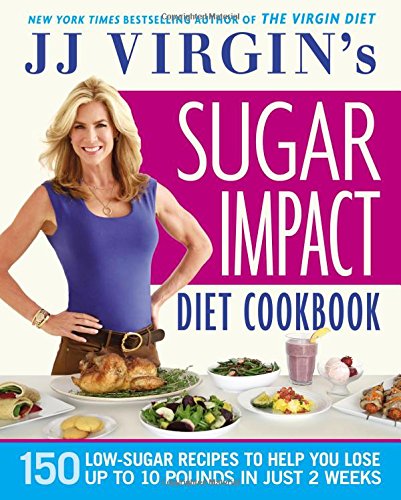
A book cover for JJ Virgin's Sugar Impact Diet Cookbook: 150 Low-Sugar Recipes to Help You Lose Up to 10 Pounds in Just 2 Weeks; J.J. Virgin; Cookbooks, Food & Wine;